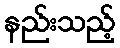
နည်းသည့်